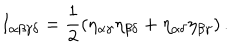
LaTeX: I _ { \alpha \beta \gamma \delta } = \frac { 1 } { 2 } \left( \eta _ { \alpha \gamma } \eta _ { \beta \delta } + \eta _ { \alpha \delta } \eta _ { \beta \gamma } \right) .